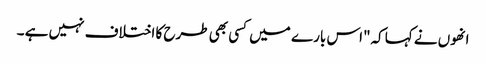
انھوں نے کہا کہ"اس بار ے میں کسی بھی طرح کا اختلاف نہیں ہے ۔